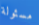
مسئولة